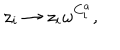
z _ { i } \rightarrow z _ { i } \omega ^ { C _ { i } ^ { a } } ,